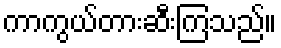
ကာကွယ်တားဆီးကြသည်။